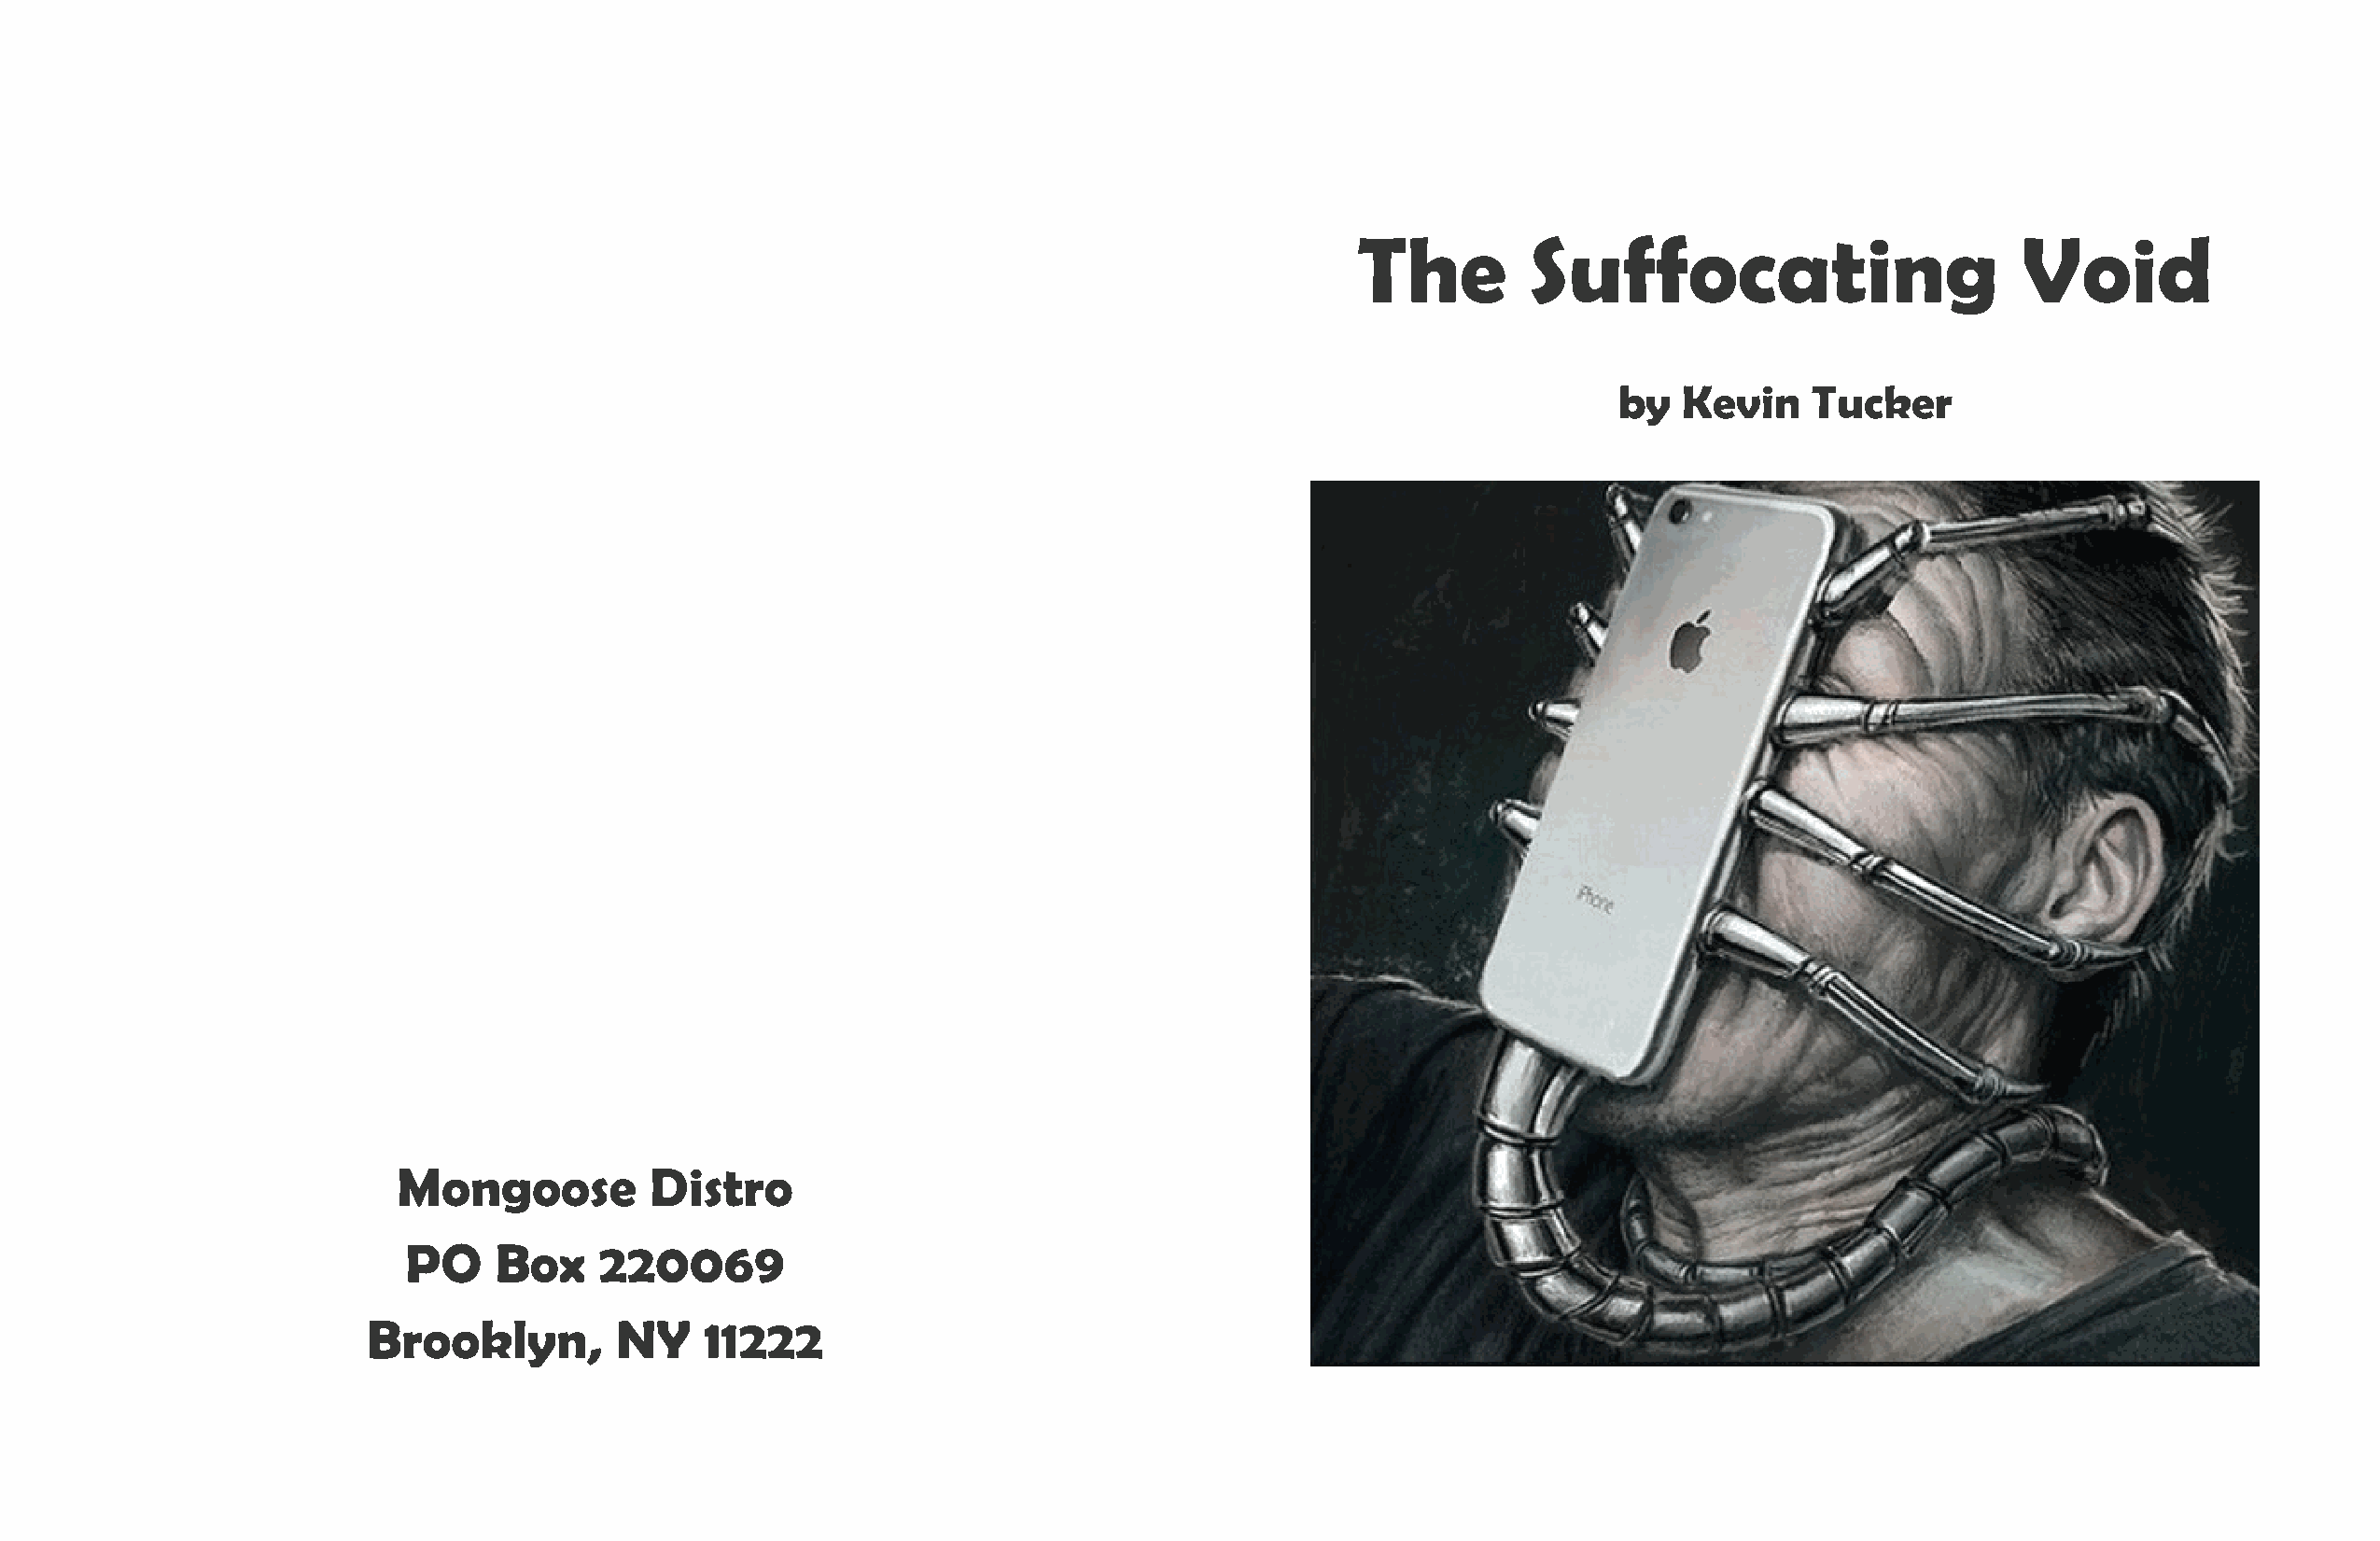
The          Suffocating                       Void
 by  Kevin     Tucker
 Mongoose          Distro
 PO    Box    220069
 Brooklyn,         NY    11222